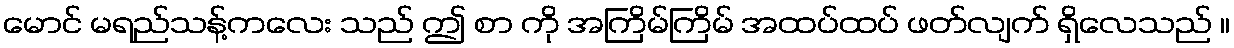
မောင် မရည်သန့်ကလေး သည် ဤ စာ ကို အကြိမ်ကြိမ် အထပ်ထပ် ဖတ်လျက် ရှိလေသည် ။